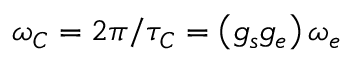
\omega _ { C } = 2 \pi / \tau _ { C } = \left( g _ { s } g _ { e } \right) \omega _ { e }